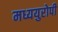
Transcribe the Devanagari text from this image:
मध्ययुरोपी